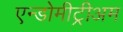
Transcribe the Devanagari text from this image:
एन्डोमीट्रीअम